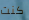
كنت